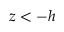
z < - h